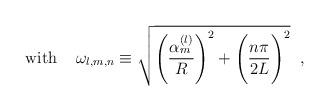
LaTeX: \begin{align*}\mbox{with } \;\;\; \omega_{l,m,n}\equiv \sqrt{\Biggl(\frac{\alpha_m^{(l)}}R\Biggr)^2 +\Biggl(\frac{n\pi}{2L}\Biggr)^2} \;\; ,\end{align*}